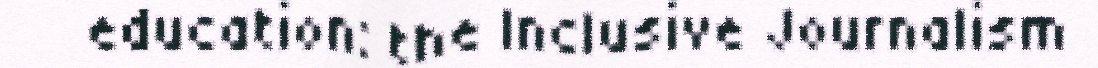
education: the Inclusive Journalism